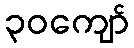
၃၀ကျော်